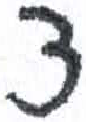
אות: צ